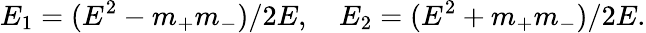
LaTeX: E_{1}=(E^{2}-m_{+}m_{-})/2E,\quad E_{2}=(E^{2}+m_{+}m_{-})/2E.